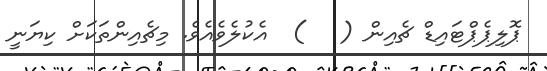
ޕޮލިޕެޕްޓައިޑް ޗެއިން (   )  އެކުލެވެއެވެ. މިޗެއިންތަކަށް ކިޔަނީ